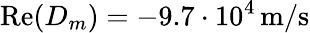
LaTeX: \operatorname{Re}(D_{m})=-9.7\cdot 10^{4}\, \mathrm{m/s}